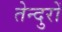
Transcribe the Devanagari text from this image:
तेन्दुरों